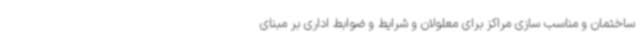
ساختمان و مناسب سازی مراکز برای معلولان و شرایط و ضوابط اداری بر مبنای